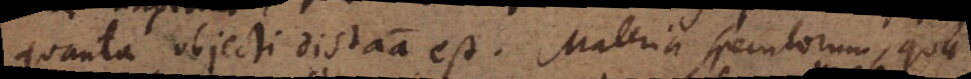
quanta objecti distantia est. Materia speculorum, quae